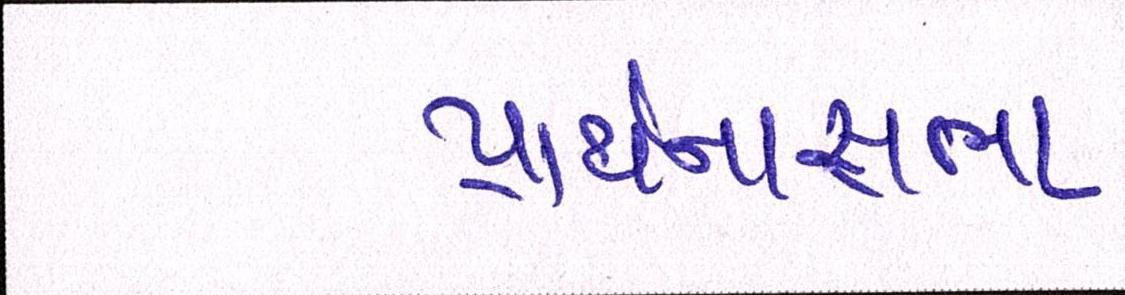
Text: પ્રાર્થનાસભા